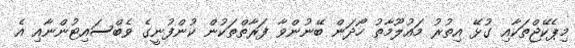
މިޕެކޭޖްތަކާއި ގުޅޭ އިތުރު މައުލޫމާތު ހޯދަން ބޭނުންވާ ފަރާތްތަކުން ކުންފުނީގެ ވެބްސައިޓުންނާއި އެ